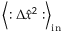
\left\langle : \Delta \hat { x } ^ { 2 } : \right\rangle _ { \mathrm { i n } }